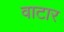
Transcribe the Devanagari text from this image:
वाटार